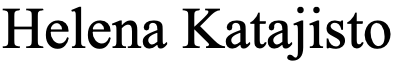
Helena Katajisto